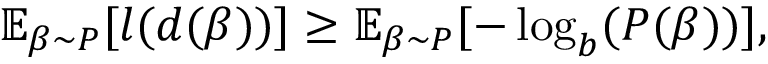
\begin{array} { r } { { \displaystyle \mathbb { E } _ { \beta \sim P } [ l ( d ( \beta ) ) ] \geq \mathbb { E } _ { \beta \sim P } [ - \log _ { b } ( P ( \beta ) ) ] } , } \end{array}